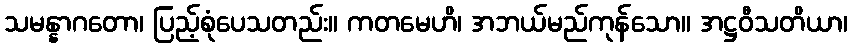
သမန္နာဂတော၊ ပြည့်စုံပေသတည်း။ ကတမေဟိ၊ အဘယ်မည်ကုန်သော။ အဋ္ဌဝီသတိယာ၊